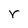
Character: r